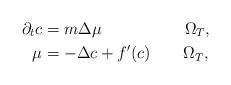
LaTeX: \begin{align*}\partial_tc &= m\Delta\mu \;\;\;\;\;\;\;\;\;\;\;\;\;\;\;\;\;\;\Omega_T, \\\mu &= -\Delta c + f^\prime(c) \;\;\;\;\;\;\;\Omega_T,\end{align*}